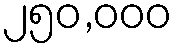
၂၅၀,၀၀၀